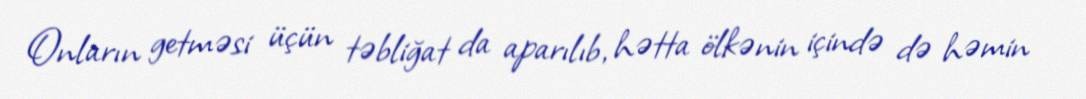
Onların getməsi üçün təbliğat da aparılıb, hətta ölkənin içində də həmin